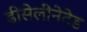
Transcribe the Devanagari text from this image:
डीसेलीनेटेड